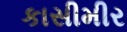
કાસીમીર